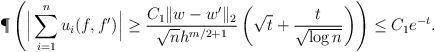
LaTeX: \begin{align*} \P\left( \Big| \sum_{i=1}^n u_i(f,f') \Big| \geq \frac{C_1 \|w-w'\|_2}{\sqrt{n} h^{m/2+1}} \left( \sqrt{t} + \frac{t}{\sqrt{\log n}} \right) \right) &\leq C_1 e^{-t}. \end{align*}